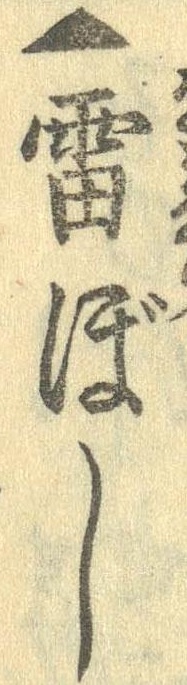
▲雷ぼし